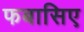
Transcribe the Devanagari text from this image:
फबासिए